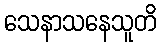
သေနာသနေသူတိ